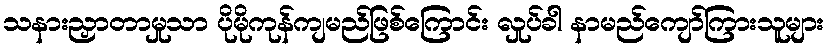
သနားညှာတာမှုသာ ပိုမိုကုန်ကျမည်ဖြစ်ကြောင်း လှုပ်ခါ နာမည်ကျော်ကြားသူများ